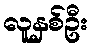
လူနှစ်ဦး